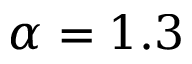
\alpha = 1 . 3